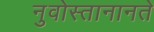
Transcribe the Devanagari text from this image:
नुवोस्तानानते